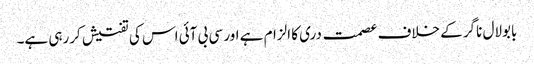
بابولال ناگر کے خلاف عصمت دری کا الزام ہے اور سی بی آئی اس کی تفتیش کررہی ہے۔